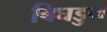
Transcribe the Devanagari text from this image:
बिघडुन